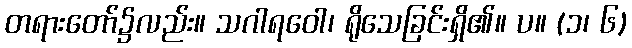
တရားတော်၌လည်း။ သဂါရဝေါ၊ ရိုသေခြင်းရှိ၏။ ပ။ (၁၊ ၆)